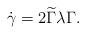
LaTeX: \begin{align*}\dot{\gamma}=2\widetilde{\Gamma}\lambda\Gamma.\end{align*}